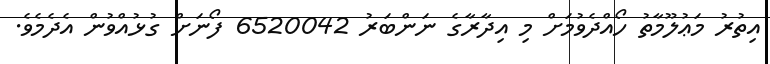
އިތުރު މަޢުލޫމާތު ހޯއްދެވުމަށް މި އިދާރާގެ ނަންބަރު 6520042 ފޯނަށް ގުޅުއްވުން އެދެމެވެ.